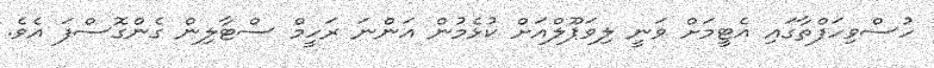
ހުސްވިހަފްތާގައި އެޓީމަށް ވަނީ ލިވަޕޫލްއަށް ކުޅެމުން އަންނަ ރަހީމް ސްޓާލިން ގެންގޮސްފަ އެވެ.